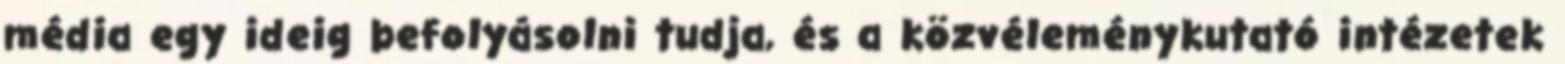
média egy ideig befolyásolni tudja, és a közvéleménykutató intézetek